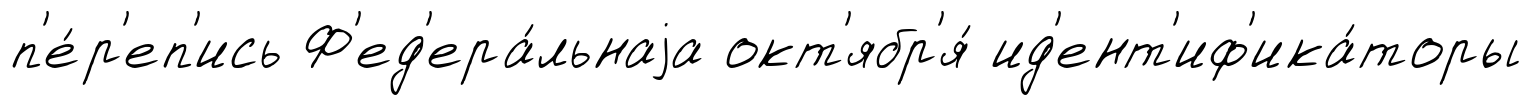
п'е́р'еп'ись Ф'ед'ера́льнаjа окт'ябр'я́ ид'ент'иф'ика́торы